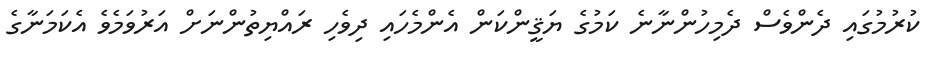
ކުރުމުގައި ދެންވެސް ދެމިހުންނާނެ ކަމުގެ ޔަޤީންކަން އެންމެހައި ދިވެހި ރައްޔިތުންނަށް އަރުވަމެވެ އެކަމަނާގެ